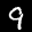
Label: 9